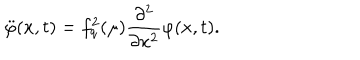
\ddot { \varphi } ( x , t ) = f _ { q } ^ { 2 } ( \mu ) \frac { \partial ^ { 2 } } { \partial x ^ { 2 } } \varphi ( x , t ) .